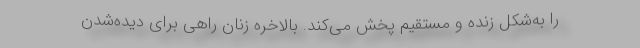
را به‌شکل زنده و مستقیم پخش می‌کند. بالاخره زنان راهی برای دیده‌شدن